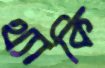
থ্যাকি